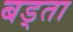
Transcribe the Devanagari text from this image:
बड्ता